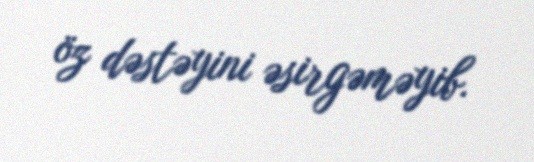
öz dəstəyini əsirgəməyib.